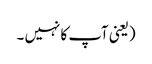
(یعنی آپ کا نہیں ۔